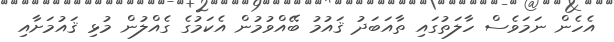
އެހެން ނަމަވެސް ހާލަތުގައި ތާއަބަދު ޤައުމު ބޭއްވުމުން އެކަމުގެ ގެއްލުން މުޅި ޤައުމަށާއި